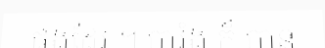
ផងដែរ ។ បារំង ក៏ បាន